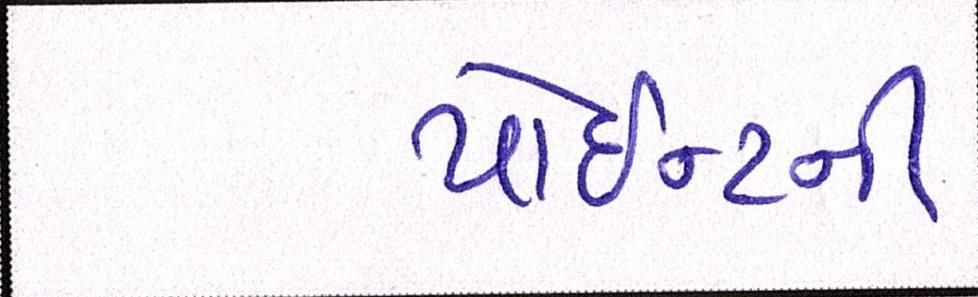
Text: પોઈન્ટની